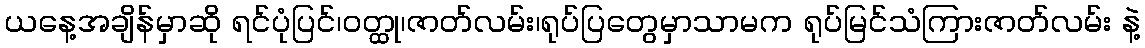
ယနေ့အချိန်မှာဆို ရင်ပုံပြင်၊ဝတ္ထု၊ဇာတ်လမ်း၊ရုပ်ပြတွေမှာသာမက ရုပ်မြင်သံကြားဇာတ်လမ်း နဲ့